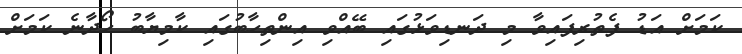
ކަމަށް އަޑު ފެތުރިފައިވާ މި ދަނޑިވަޅުގައި ބޭއްވި އިންތިހާބުގައި ކާމިޔާބު ހޯދާނެ ކަމަށް